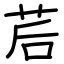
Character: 茩